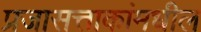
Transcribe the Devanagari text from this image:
प्रजासत्ताकांमधील